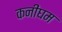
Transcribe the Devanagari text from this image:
कनींघम